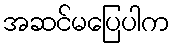
အဆင်မပြေပါက